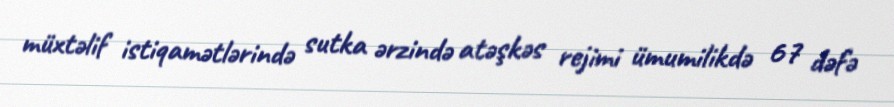
müxtəlif istiqamətlərində sutka ərzində atəşkəs rejimi ümumilikdə 67 dəfə